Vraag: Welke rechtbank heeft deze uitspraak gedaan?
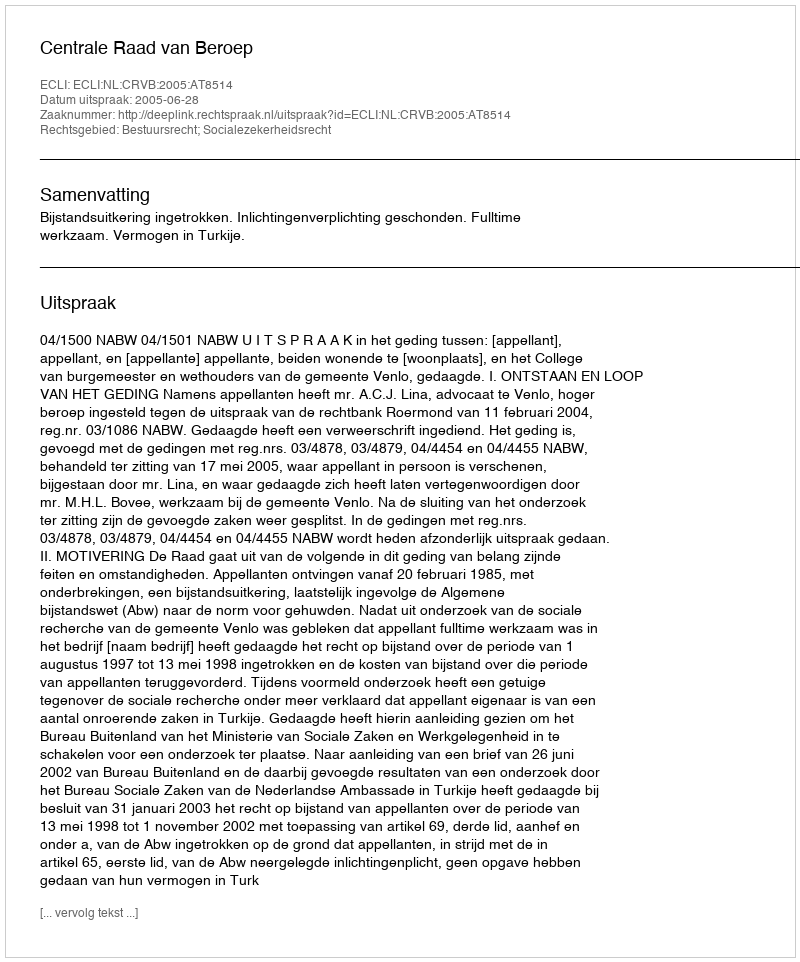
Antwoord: Centrale Raad van Beroep